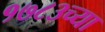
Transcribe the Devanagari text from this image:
१७८३च्या